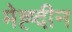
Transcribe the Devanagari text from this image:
मेह्दीन